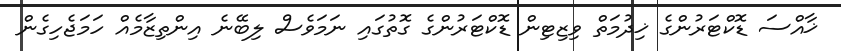
ޚާއްސަ ޑޮކްޓަރުންގެ ޚިދުމަތް ވިޒިޓިން ޑޮކްޓަރުންގެ ގޮތުގައި ނަމަވެސް ލިބޭނެ އިންތިޒާމެއް ހަމަޖެހިގެން